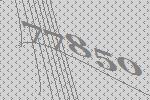
77850